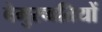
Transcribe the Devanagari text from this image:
बेमुरव्वतियों